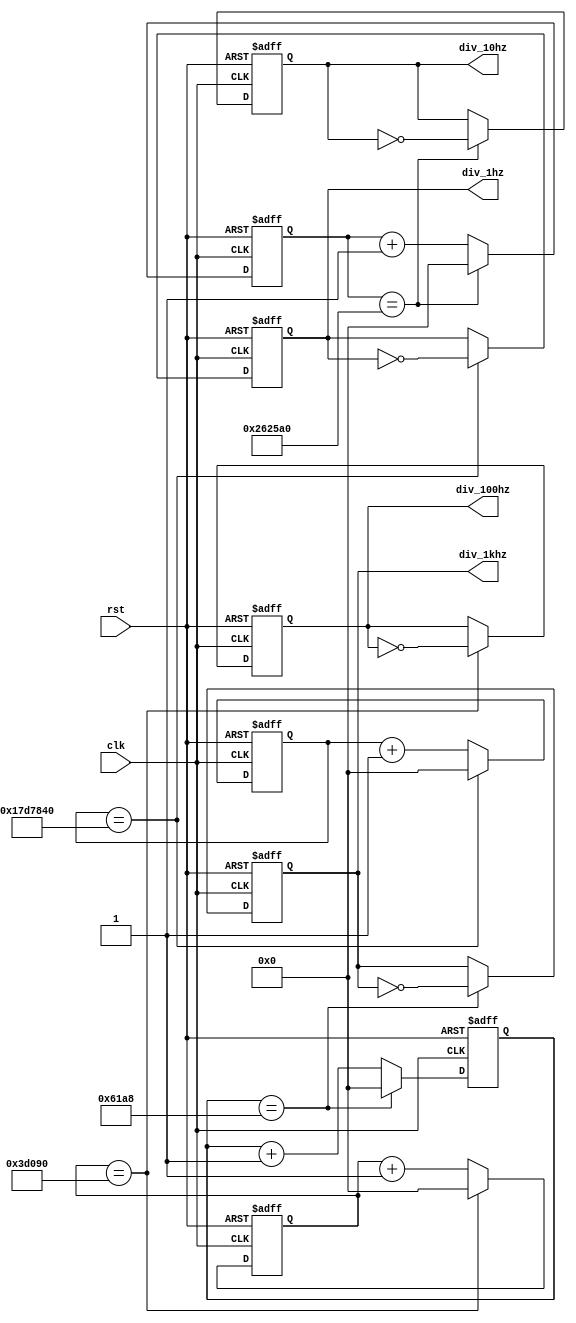
module Divider(div_1hz,div_10hz,div_100hz,div_1khz,clk,rst);
input clk;
input rst;
output reg div_1hz,div_10hz,div_100hz,div_1khz;
reg [29:0]cnt1,cnt2,cnt3,cnt4;
always @(posedge clk or negedge rst)
  begin
    if (rst == 1'b0)
      begin
        div_1hz <=1'b0;
		  div_10hz <=1'b0;
		  div_100hz <=1'b0;
		  div_1khz <=1'b0;
        cnt1 <='b0;
		  cnt2 <='b0;
		  cnt3 <='b0;
		  cnt4 <='b0;
      end
    else
      begin
        if(cnt1==25000000)
          begin
            div_1hz <= ~div_1hz;
            cnt1 <= 'b0;
          end
        else
          begin
            cnt1 <= cnt1 + 1'b1;
          end
			if(cnt2==2500000)
          begin
            div_10hz <= ~div_10hz;
            cnt2 <= 'b0;
          end
        else
          begin
            cnt2 <= cnt2 + 1'b1;
          end
			if(cnt3==250000)
          begin
            div_100hz <= ~div_100hz;
            cnt3 <= 'b0;
          end
        else
          begin
            cnt3 <= cnt3 + 1'b1;
          end
			if(cnt4==25000)
          begin
            div_1khz <= ~div_1khz;
            cnt4 <= 'b0;
          end
        else
          begin
            cnt4 <= cnt4 + 1'b1;
          end
      end
  end
endmodule